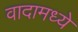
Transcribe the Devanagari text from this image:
वादामध्ये